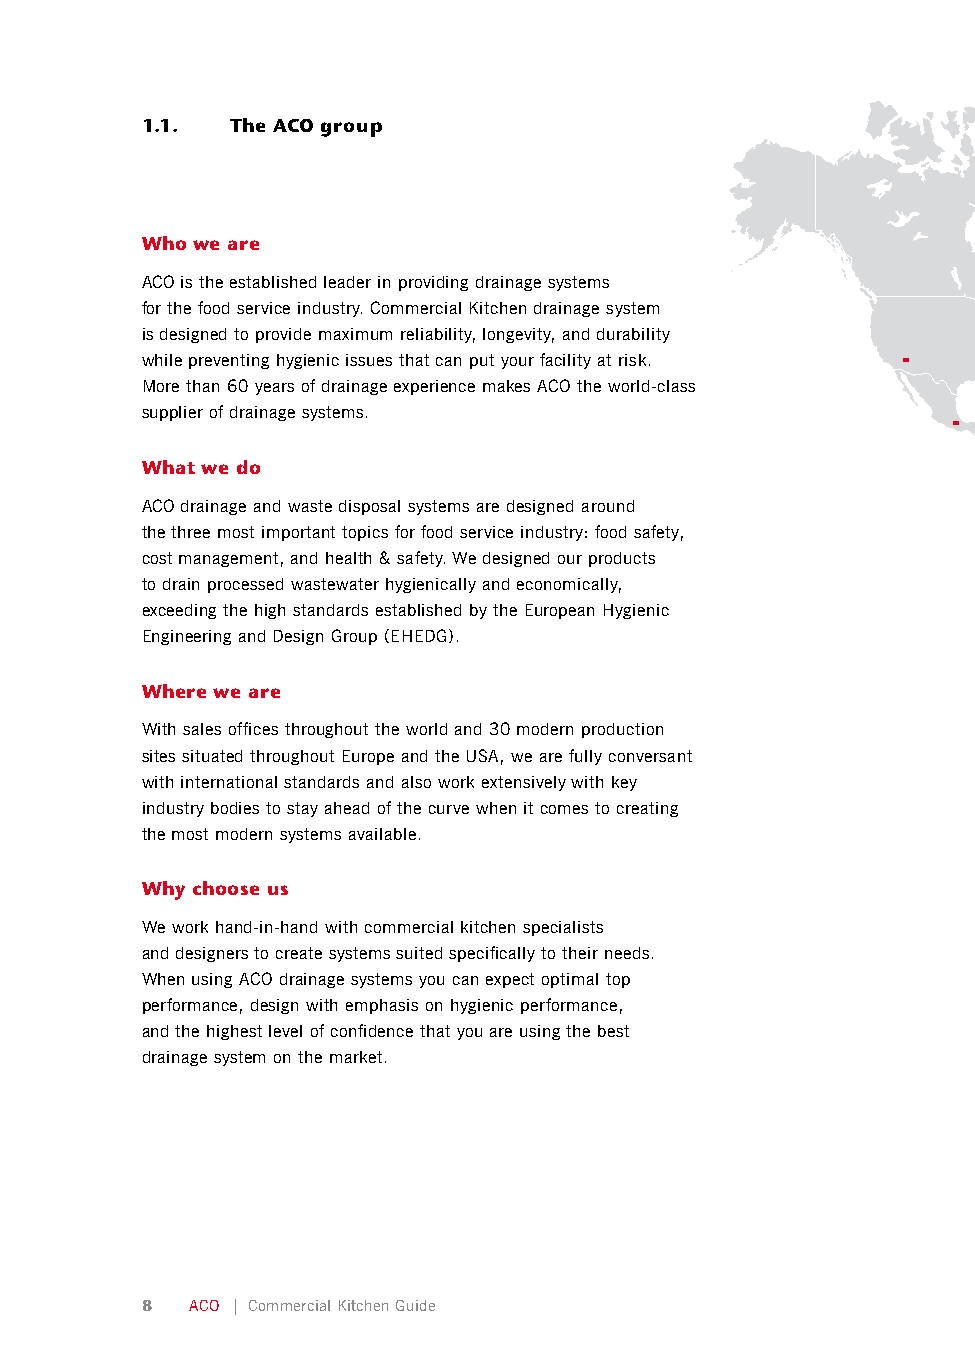
1.1.  The ACO group
 Who we are
 ACO is the established leader in providing drainage systems
 for the food service industry. Commercial Kitchen drainage system
 is designed to provide maximum reliability, longevity, and durability
 while preventing hygienic issues that can put your facility at risk.
 More than 60 years of drainage experience makes ACO the world-class
 supplier of drainage systems.
 What we do
 ACO drainage and waste disposal systems are designed around
 the three most important topics for food service industry: food safety,
 cost management, and health & safety. We designed our products
 to drain processed wastewater hygienically and economically,
 exceeding the high standards established by the European Hygienic
 Engineering and Design Group (EHEDG).
 Where we are
 With sales offices throughout the world and 30 modern production
 sites situated throughout Europe and the USA, we are fully conversant
 with international standards and also work extensively with key
 industry bodies to stay ahead of the curve when it comes to creating
 the most modern systems available.
 Why choose us
 We work hand-in-hand with commercial kitchen specialists
 and designers to create systems suited specifically to their needs.
 When using ACO drainage systems you can expect optimal top
 performance, design with emphasis on hygienic performance,
 and the highest level of confidence that you are using the best
 drainage system on the market.
 8   ACO | Commercial Kitchen Guide